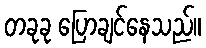
တခုခု ပြောချင်နေသည်။